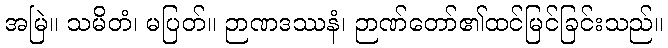
အမြဲ။ သမိတံ၊ မပြတ်။ ဉာဏဒဿနံ၊ ဉာဏ်တော်၏ထင်မြင်ခြင်းသည်။